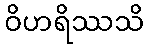
ဝိဟရိဿသိ